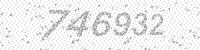
Solution: 746932